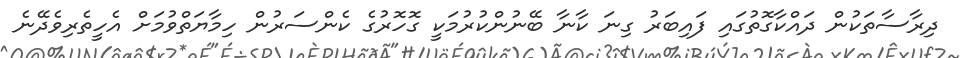
ދިރާސާތަކުން ދައްކާގޮތުގައި ފައިބަރު ގިނަ ކާނާ ބޭނުންކުރުމަކީ ގޮހޮރުގެ ކެންސަރުން ހިމާޔަތްވުމަށް އެހީތެރިވެދޭނެ